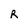
Character: R